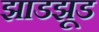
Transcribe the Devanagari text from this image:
झाडझूड